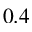
0 . 4